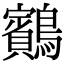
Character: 𪇕